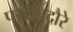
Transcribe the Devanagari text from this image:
परदेशदौरे